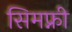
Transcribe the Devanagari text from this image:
सिमफ्नी